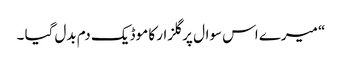
“ میرے اس سوال پر گلزار کا موڈ یک دم بدل گیا ۔